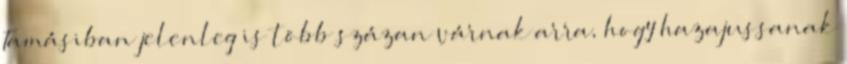
Tamásiban jelenleg is több százan várnak arra, hogy hazajussanak